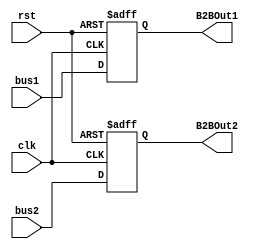
module Buffer2Bus #(parameter WIDTH = 32)(
input [WIDTH-1:0] bus1, bus2, 
input clk, rst,
output reg [WIDTH-1:0] B2BOut1, B2BOut2  //Buffer 2 buses Output
);

always @ (negedge rst or posedge clk)
begin
	// Reset whenever the reset signal goes low, regardless of the clock
	if (!rst)
	begin
		B2BOut1 <= 32'b0;
		B2BOut2 <= 32'b0;
	end
	// If not resetting, update the register output on the clock's rising edge
	else
	begin
		B2BOut1 <= bus1;
		B2BOut2 <= bus2;
	end
end


endmodule